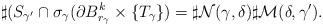
LaTeX: \begin{align*}\sharp(S_{\gamma'}\cap \sigma_{\gamma}(\partial B^k_{r_{\gamma}}\times\{T_{\gamma}\})=\sharp\mathcal{N}(\gamma,\delta)\sharp\mathcal{M}(\delta,\gamma').\end{align*}